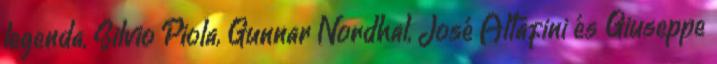
legenda, Silvio Piola, Gunnar Nordhal, José Altafini és Giuseppe